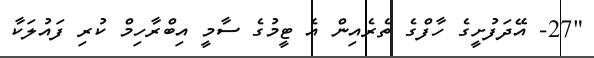
"27- އޭދަފުށީގެ ހާފްގެ ތެރެއިން އެ ޓީމުގެ ސާމީ އިބްރާހިމް ކުރި ފައުލަކާ